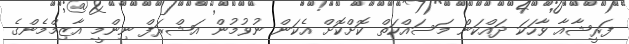
ފަރީޝާއާ ވާހަކަ ދައްކަން މަސައްކަތް ކޮށްކޮށް އެކަން ނުވުމުން އަޝްރަފް ނިންމީ އާޒިމްމެންގެ